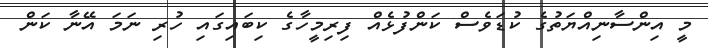
މީ އިންސާނިއްޔަތުގެ ކުޑަވެސް ކަންފުޅެއް ފިރިމީހާގެ ކިބައިގައި ހުރި ނަމަ އޭނާ ކަން